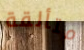
متألقة